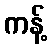
ကန့်